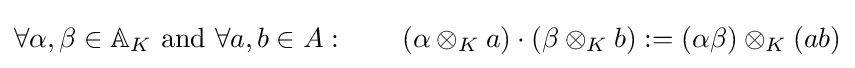
\forall \alpha ,\beta \in \mathbb {A} _{K}{\text{ and }}\forall a,b\in A:\qquad (\alpha \otimes _{K}a)\cdot (\beta \otimes _{K}b):=(\alpha \beta )\otimes _{K}(ab)